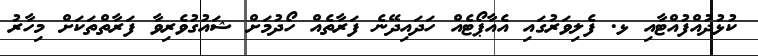
ކުޅުދުއްފުއްޓާއި ޅ. ފެލިވަރުގައި އެއާޕޯޓެއް ހަދައިދޭނެ ފަރާތެއް ހޯދުމަށް ޝައުގުވެރިވާ ފަރާތްތަކަށް މިހާރު